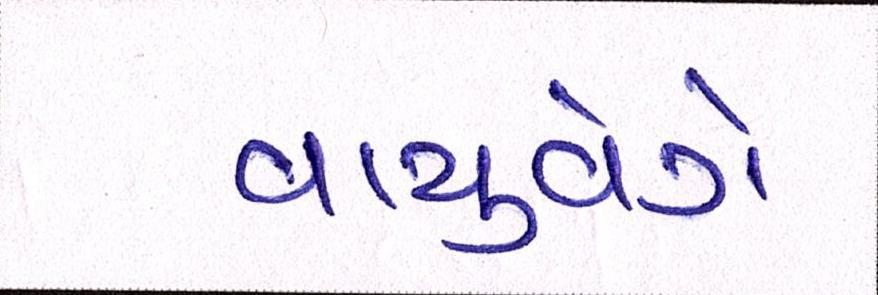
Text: વાયુવેગે